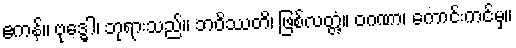
ဧကန်။ ဗုဒ္ဓေါ၊ ဘုရားသည်။ ဘဝိဿတိ၊ ဖြစ်လတ္တံ့။ ဝဂဏာ၊ ကောင်းကင်မှ။